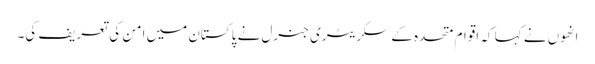
انھوں نے کہا کہ اقوام متحدہ کے سکریٹری جنرل نے پاکستان میں امن کی تعریف کی۔